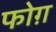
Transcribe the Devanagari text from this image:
फोग़